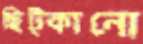
ছিট্‌কানো